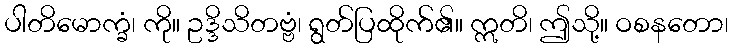
ပါတိမောက္ခံ၊ ကို။ ဥဒ္ဒိသိတဗ္ဗံ၊ ရွတ်ပြထိုက်၏။ ဣတိ၊ ဤသို့။ ဝစနတော၊